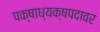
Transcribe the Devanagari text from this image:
पक्षाध्यक्षपदावर